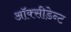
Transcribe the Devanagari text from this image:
ऑक्सीडेन्ट